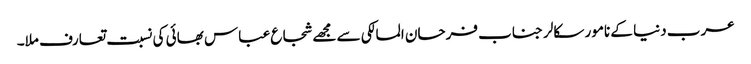
عرب دنیا کے نامور سکالر جناب فرحان المالکی سے مجھے شجاع عباس بھائی کی نسبت تعارف ملا۔